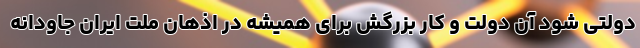
دولتی شود آن دولت و کار بزرگش برای همیشه در اذهان ملت ایران جاودانه